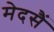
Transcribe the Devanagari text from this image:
मेदसैं